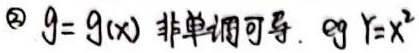
\textcircled{2} $g = g(x)$ 非单调可导. eg $y = x^{2}$